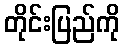
တိုင်းပြည်ကို